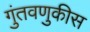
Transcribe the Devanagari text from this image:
गुंतवणुकीस